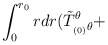
\begin{align*}\int_0^{r_0} r dr (\tilde T^{\theta}_{_{(0)} \theta}+\end{align*}